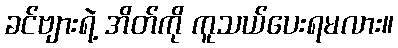
ခင်ဗျားရဲ့ အိတ်ကို ကူသယ်ပေးရမလား။